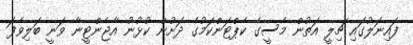
ފައިނަލުގައި ޗިލީ އަތުން މެސީގެ ކެޕްޓަންކަމުގެ ދަށުން ކުޅުނު އާޖެންޓީނާ ވަނީ ބަލިވެފަ